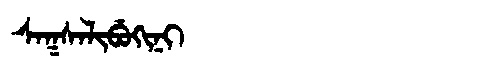
Manchu: ᠰᠠᡴᠰᠠᠯᡳᠪᡠᡴᡳᠨᡳ
Romanization: SAKSALIBUKINI